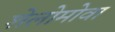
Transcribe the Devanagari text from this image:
शेलोमोवा